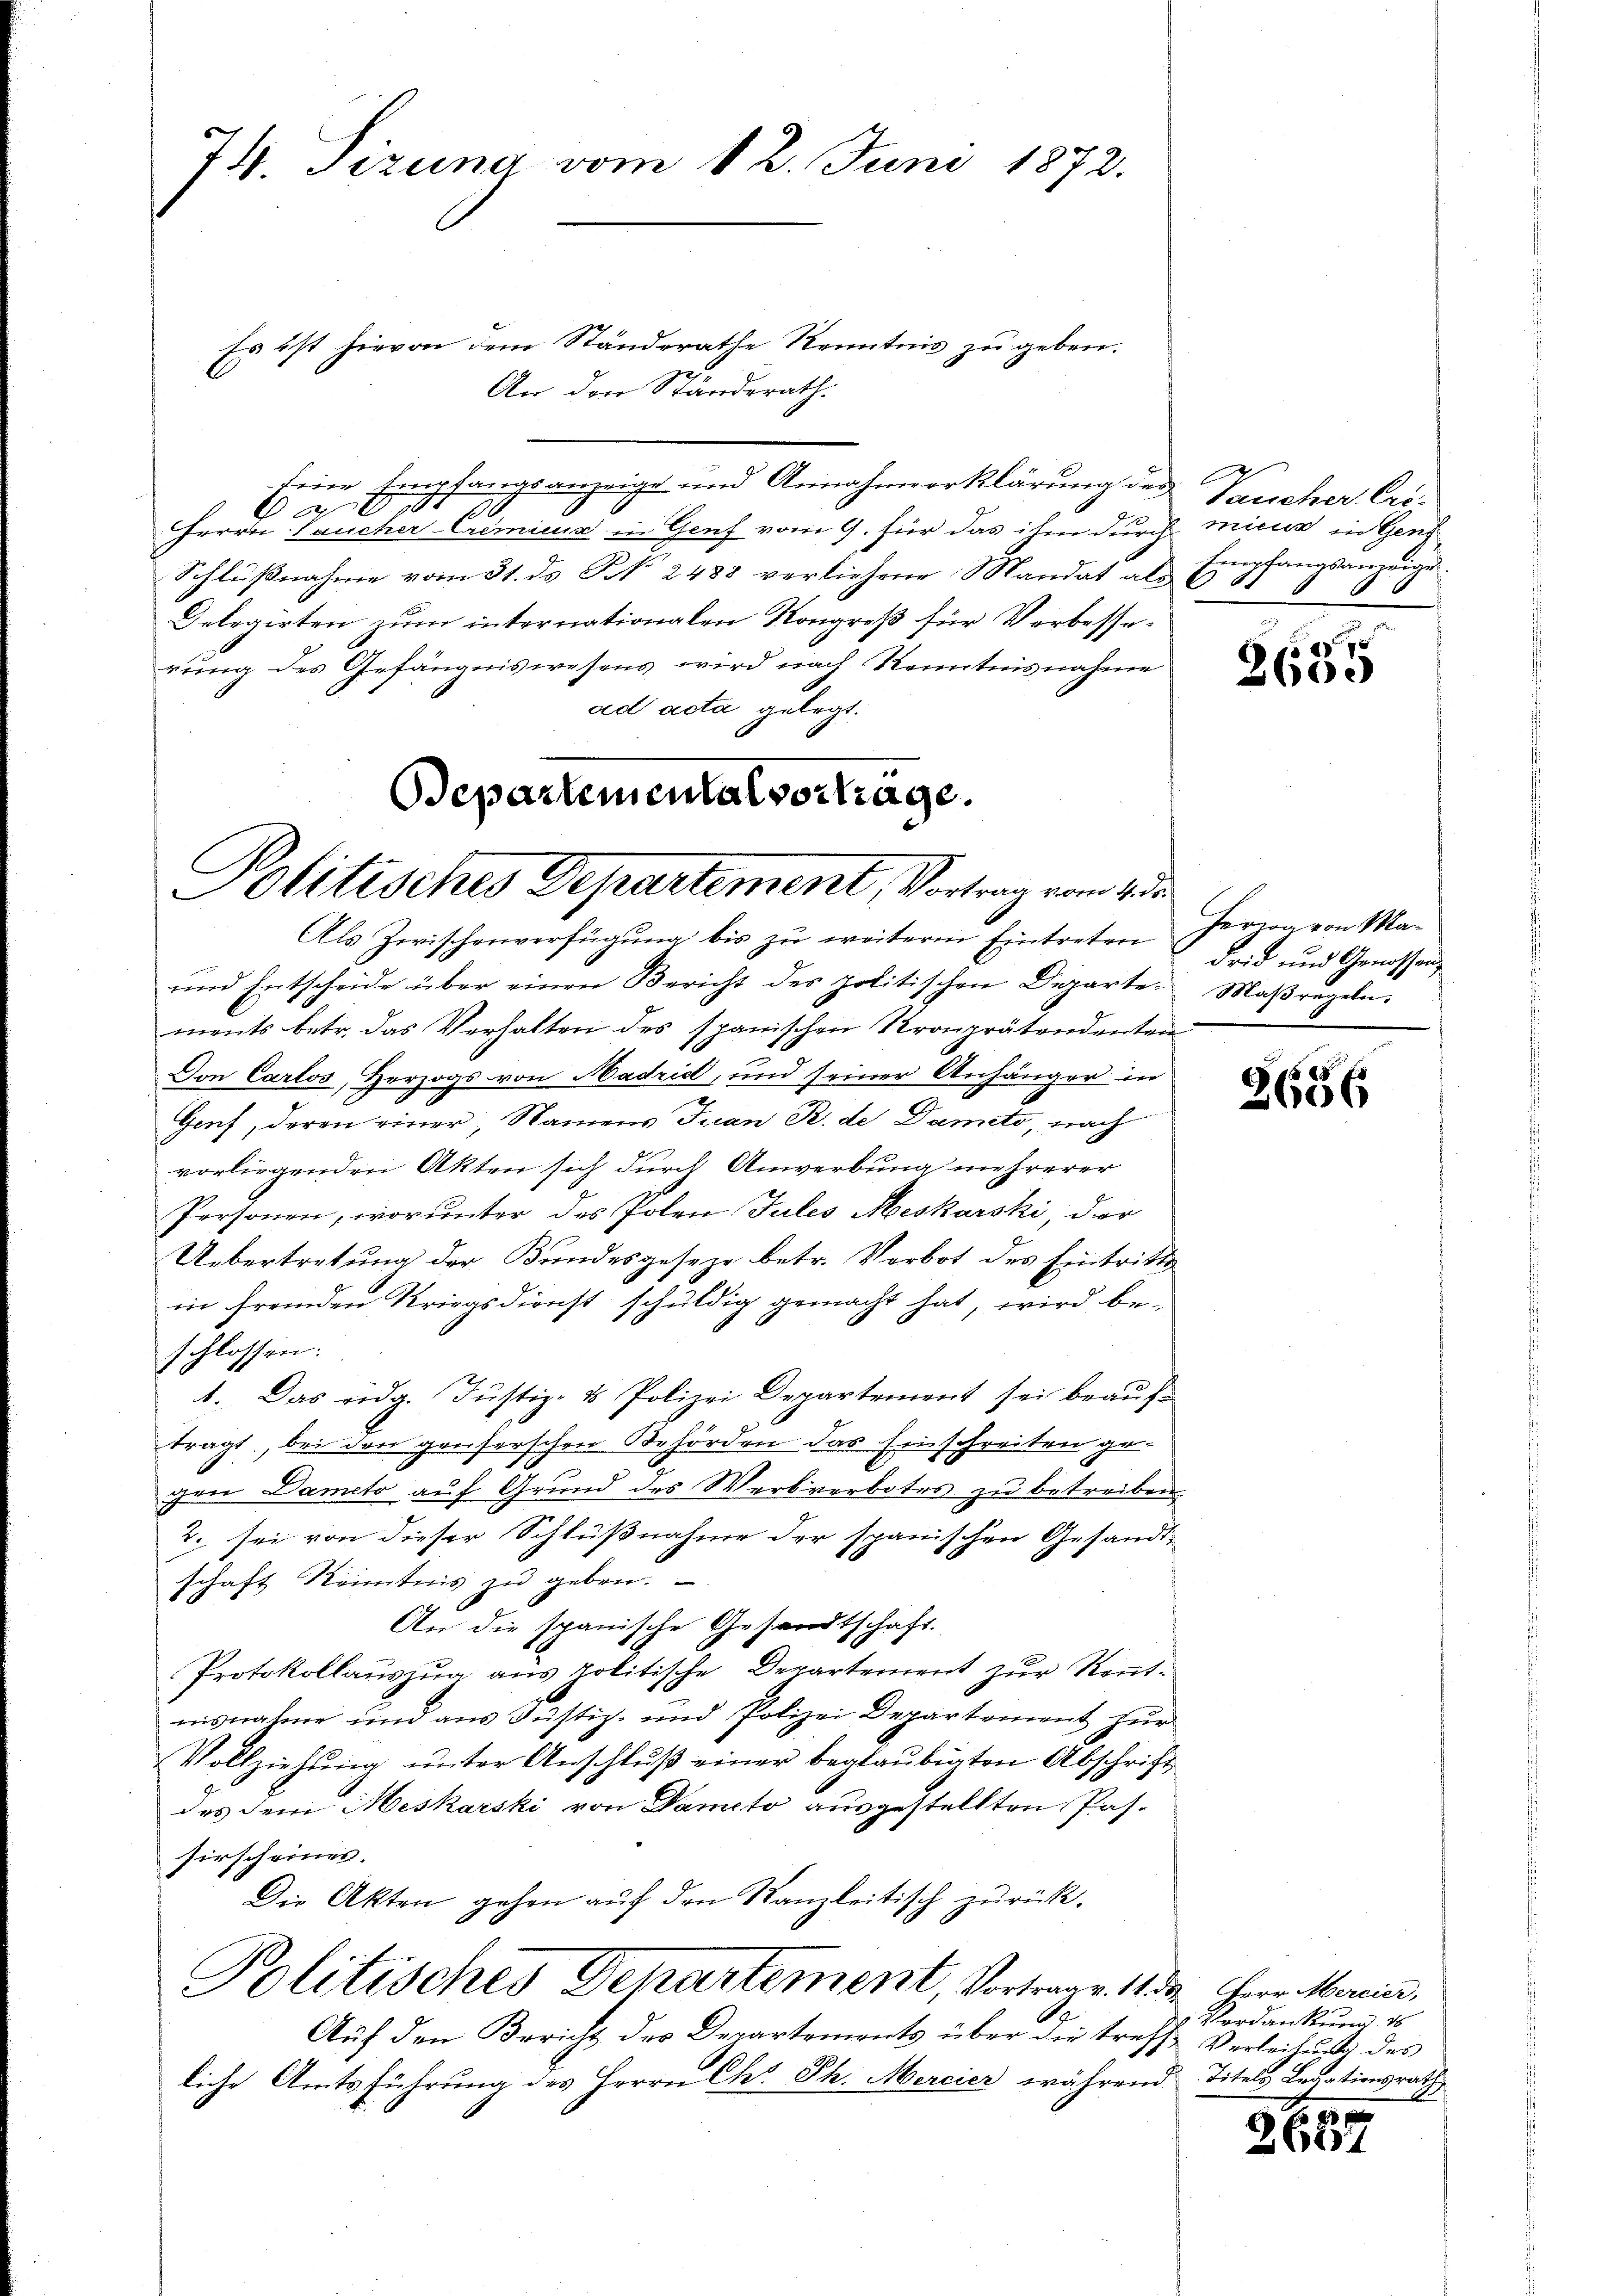
74. Tizuna vom 12. Juni 1872.

Es ist hievon dem Standerathe Kenntnis zu geben.
An den Ständerath.
Eine Empfangsanzeige und Annahmeerklärung des
Br 16.
0
Herrn Laucher-Crimiens in Genf vom 9. für das ihm durch micus in Genz
Schlußnahme vom 31. ds N. 2488 verliehene Mandat als 6
Delegirten zum internationalen Kongreß für Verbesserung des Gefängniswesens wird nach Kenntnisnahme
ad acta gelegt.

Departemental vorträge.
Politisches Departement, Vortrag vom 4 de

Als Zwischenverfügung bis zu weitere Eintreten
ŭnd Entscheide über einen Bericht des politischen Departe. Maβregeln.
ments betr. das Verhalten des spanischen Kronprätendenten
Von Carlos, Herzogs von Madrid, und seiner Anhänger in
Genf, deren einer, Namens Juan R. de Dameto, nach
vorliegenden Akten sich durch Anwerbung mehrerer
Personen, worunter des Polen Julis Meskarski, der
Uebertretung der Bundesgeseze betr. Verbot des Eintritts
in fremden Kriegsdienst schuldig gemacht hat, wird beschlossen.
1. Das eidg. Justiz- & Polizei Departement sei beauftragt, bei den genserschen Behörden das Einschreiten gegen Dameto auf Grund des Werkverbotes zu betreiben.
2. sei von dieser Schlußnahme der spanischen Gesandt-
schaft Kenntnis zu geben.
An die spanische Gesandtschaft.
Protokollauszug aus politische Departement zur Rentnisnahme und aus Justiz- und Polizei Departement zur
Vollziehung unter Anschluß einer beglaubigten Abschrift
des dem Meskarski von Dameto ausgestellten Passirscheines.
Die Akten gehen aŭf den Kanzleitisch zurück.
Politisches Departement, Vortrage. 113. Herr Mercier,
Auf den Bericht des Departements über die treff Verleihung des
liche Amtsführung des Herrn Chr. Ph. Mercier während Titels Legationsrath,

Vancher Cri
Empfangsanzeige

f
e

Herzog von Madrid und Genossen,

83
)
2606

Verdankung des

e
2624